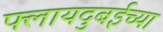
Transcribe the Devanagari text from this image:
फ्लायदुबईच्या